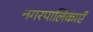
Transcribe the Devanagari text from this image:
नगरपालिकाएँ